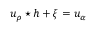
u _ { \rho } \star h + \xi = u _ { \alpha }